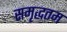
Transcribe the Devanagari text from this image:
समृद्धतम